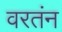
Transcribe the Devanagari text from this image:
वरतंन